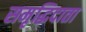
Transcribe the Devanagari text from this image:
समृद्धिदाता